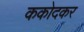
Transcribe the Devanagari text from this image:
ककोदकर